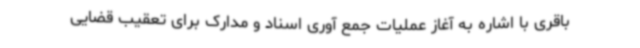
باقری با اشاره به آغاز عملیات جمع آوری اسناد و مدارک برای تعقیب قضایی